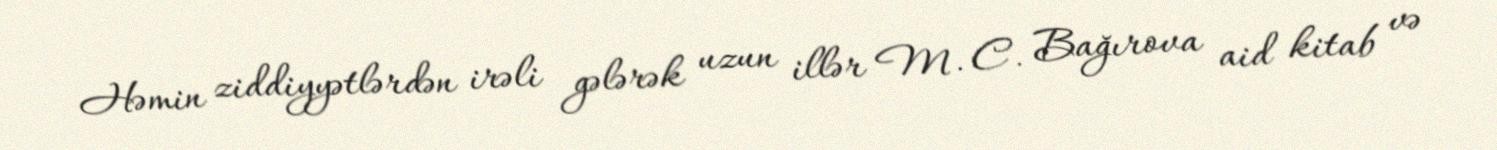
Həmin ziddiyyətlərdən irəli gələrək uzun illər M. C. Bağırova aid kitab və